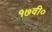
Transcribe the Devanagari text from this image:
१७वी०